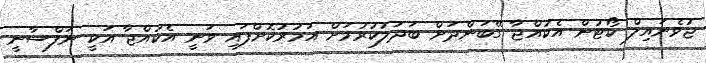
ޖުވެނައިލް ކޯޓުން އެކުއްޖާ ގޭބަންދަށް ބަދަލުކުރުމަށް އަމުރުކޮށްފައި ވަނީ އެކުއްޖާ އަކީ ނަފްސާނީ